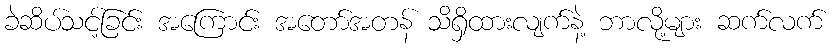
ခဲဆိပ်သင့်ခြင်း အကြောင်း အတော်အတန် သိရှိထားလျက်နဲ့ ဘာလို့များ ဆက်လက်